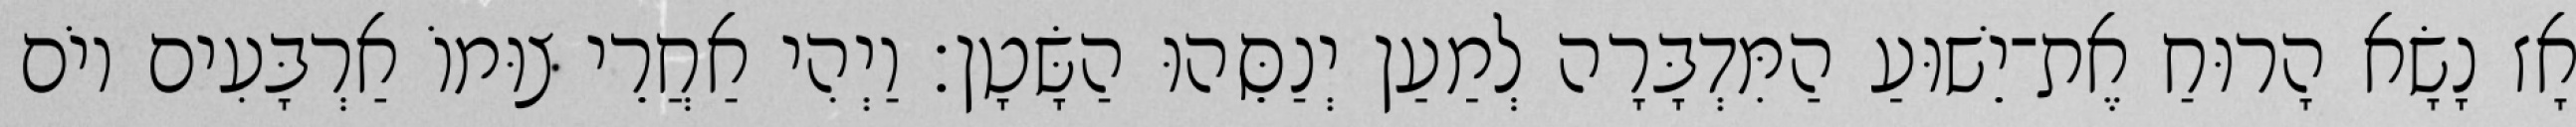
אָז נָשָׂא הָרוּחַ אֶת־יֵשׁוּעַ הַמִּדְבָּרָה לְמַעַן יְנַסֵּהוּ הַשָּׂטָן׃ וַיְהִי אַחֲרֵי צוּמוֹ אַרְבָּעִים יוֹם